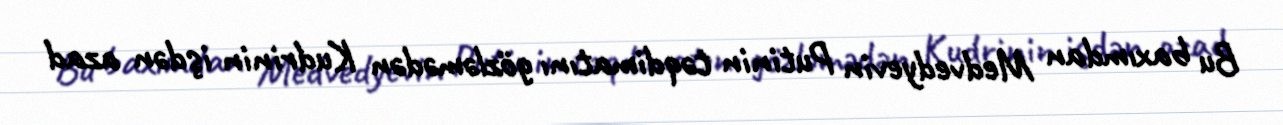
Bu baxımdan Medvedyevin Putinin təqdimatını gözləmədən Kudrinin işdən azad